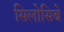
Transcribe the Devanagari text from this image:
सिलोसिबे